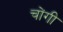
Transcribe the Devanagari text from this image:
चोंगी